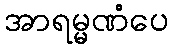
အာရမ္မဏံပေ